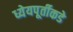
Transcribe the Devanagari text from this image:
ध्येयपूर्तीकडे